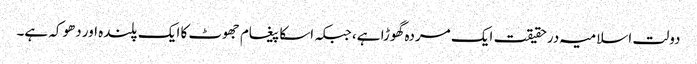
دولت اسلامیہ درحقیقت ایک مردہ گھوڑا ہے، جبکہ اسکا پیغام جھوٹ کا ایک پلندہ اور دھوکہ ہے۔